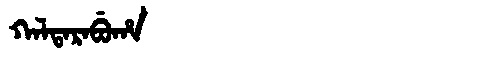
Manchu: ᡴᠠᠯᡨᠠᡵᠠᠪᡠᡥᠠ
Romanization: KALTARABUHA